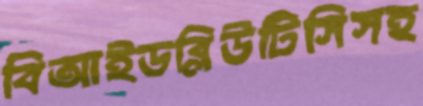
বিআইডব্লিউটিসিসহ